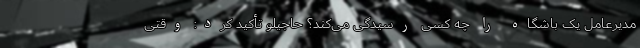
مدیرعامل یک باشگاه را چه کسی رسیدگی می‌کند؟ حاجیلو تأکید کرد:‌ وقتی